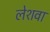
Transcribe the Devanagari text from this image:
लेशवा